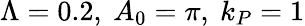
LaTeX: \Lambda=0.2,~A_{0}=\pi,~k_{P}=1